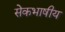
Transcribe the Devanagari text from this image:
सेेकभाषीय